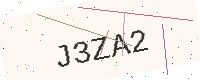
Text: J3ZA2